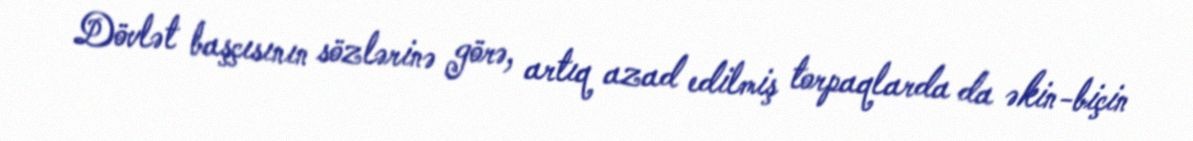
Dövlət başçısının sözlərinə görə, artıq azad edilmiş torpaqlarda da əkin-biçin